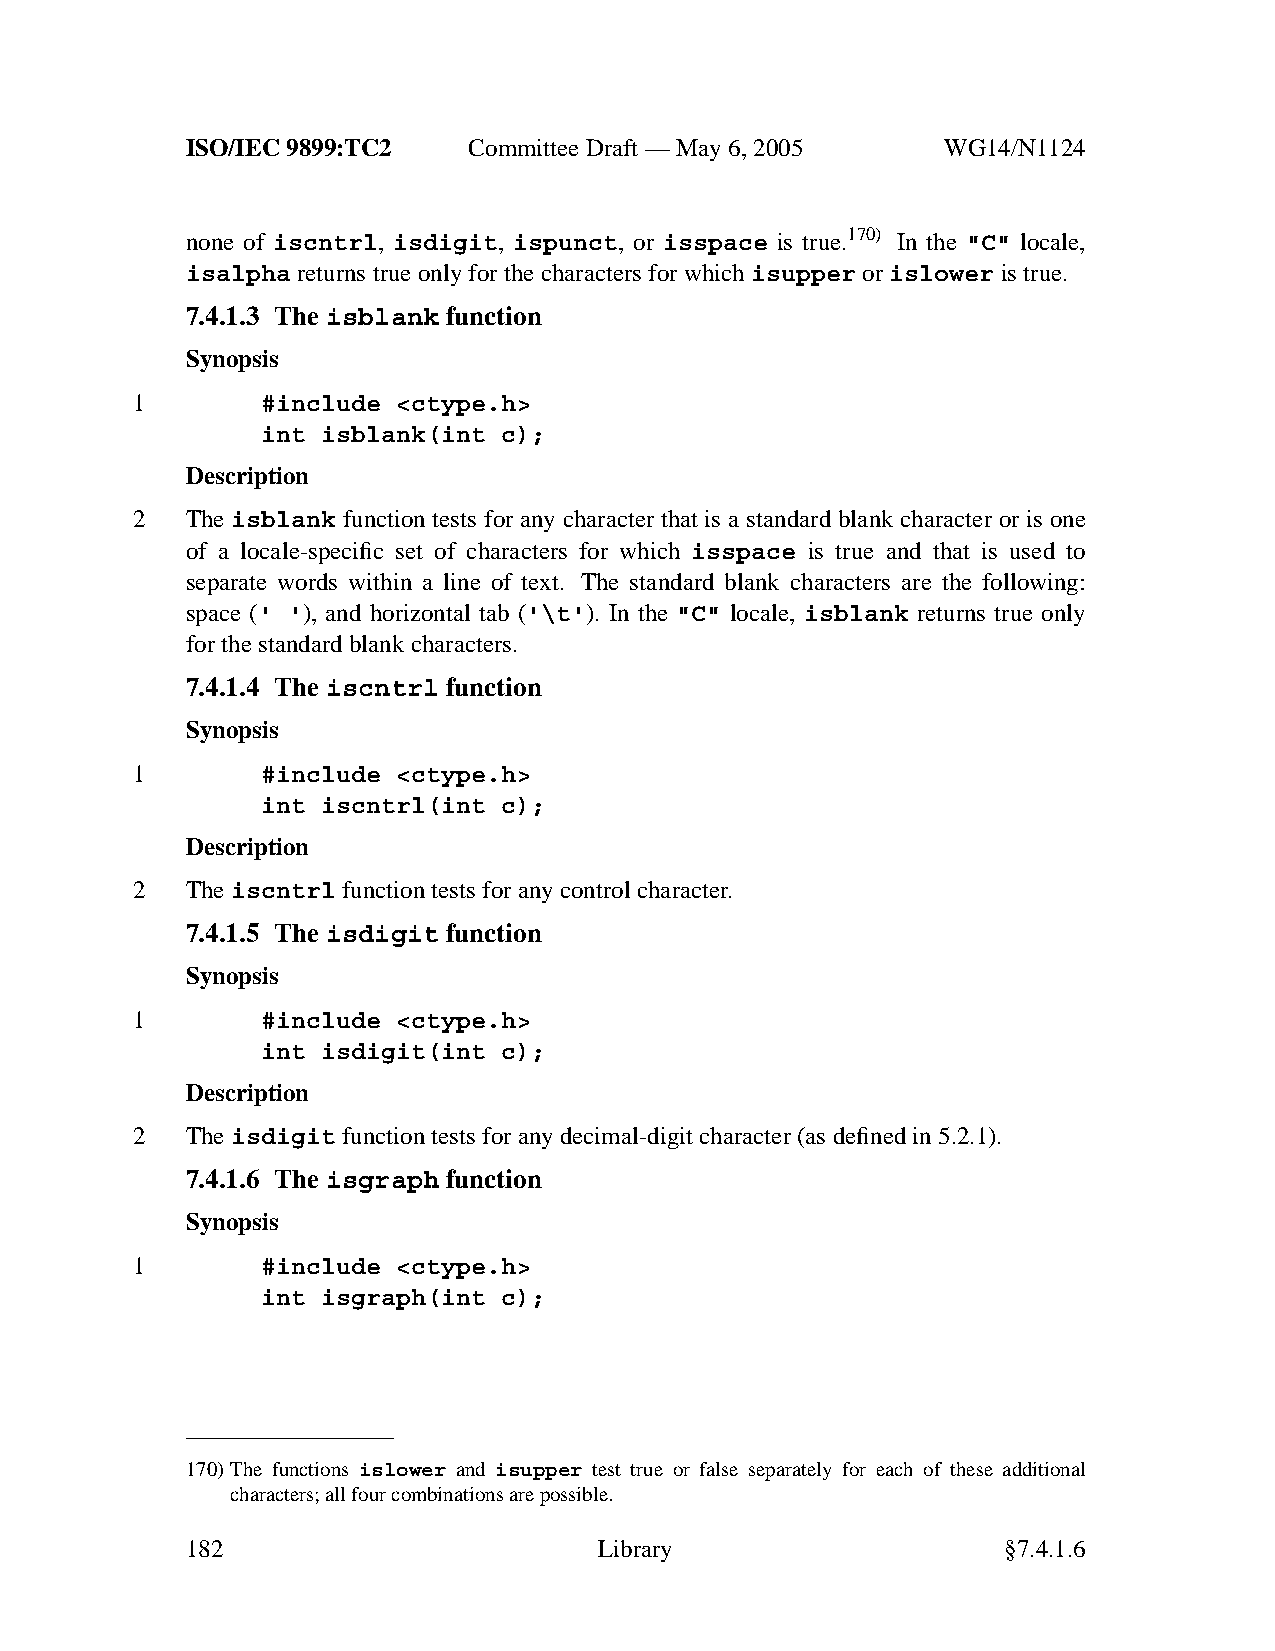
ISO/IEC 9899:TC2   Committee Draft — May 6, 2005   WG14/N1124
 none of iscntrl, isdigit, ispunct, or isspace is true.170) In the "C" locale,
 isalpha returns true only for the characters for whichisupper orislower is true.
 7.4.1.3 The isblank function
 Synopsis
 1       #include <ctype.h>
 int isblank(int c);
 Description
 2  The isblank function tests for any character that is a standard blank character or is one
 of a locale-specific set of characters for which isspace is true and that is used to
 separate words within a line of text. The standard blank characters are the following:
 space (' '), and horizontal tab ('\t'). In the "C" locale, isblank returns true only
 for the standard blank characters.
 7.4.1.4 The iscntrl function
 Synopsis
 1       #include <ctype.h>
 int iscntrl(int c);
 Description
 2  Theiscntrl function tests for anycontrol character.
 7.4.1.5 The isdigit function
 Synopsis
 1       #include <ctype.h>
 int isdigit(int c);
 Description
 2  Theisdigit function tests for anydecimal-digit character (as defined in 5.2.1).
 7.4.1.6 The isgraph function
 Synopsis
 1       #include <ctype.h>
 int isgraph(int c);
 170)The functions islower and isupper test true or false separately for each of these additional
 characters; all four combinations are possible.
 182                         Library                    §7.4.1.6